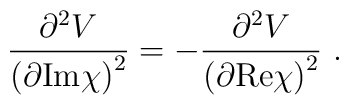
\frac{\partial^2 V}{\left(\partial {\rm Im}\chi\right)^2 }=-\frac{\partial^2 V}{\left(\partial {\rm Re}\chi\right)^2} \ .